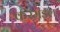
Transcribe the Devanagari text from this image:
करमंडल